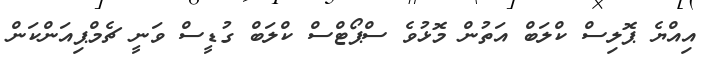
އިއްޔެ ޕޮލިސް ކްލަބް އަތުން މޮޅުވެ ސްޕޯޓްސް ކްލަބް ގުޑީސް ވަނީ ޗެމްޕިއަންކަން